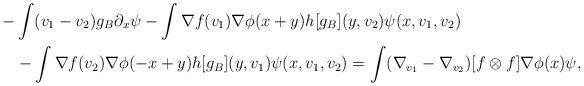
LaTeX: \begin{align*}\begin{aligned} -&\int (v_1-v_2) g_B \partial_x \psi - \int \nabla f(v_1) \nabla \phi(x+y)h[g_B](y,v_2) \psi(x,v_1,v_2) \\&- \int \nabla f(v_2) \nabla \phi(-x+y)h[g_B](y,v_1) \psi(x,v_1,v_2)= \int (\nabla_{v_1}-\nabla_{v_2})[f \otimes f ]\nabla \phi(x) \psi,\end{aligned} \end{align*}